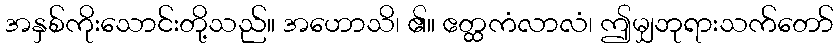
အနှစ်ကိုးသောင်းတို့သည်။ အဟောသိ၊ ၏။ ဧတ္ထကံလာလံ၊ ဤမျှဘုရားသက်တော်